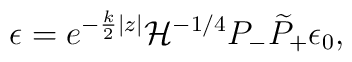
\epsilon=e^{-{k\over2}|z|}{\cal H}^{-1/4}P_-\widetilde P_+\epsilon_0,